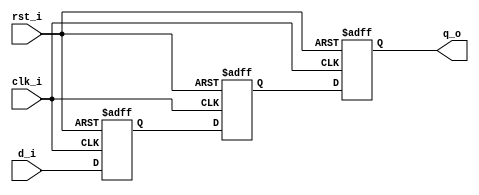
`timescale 1ns/100ps
module sync(
		input	d_i,
		input	clk_i,
		input	rst_i,
		output	q_o
);
reg	r0;
reg	r1;
reg	r2;

always@(posedge clk_i or posedge rst_i) begin
	if(rst_i) begin
		r0 <= 1'b0;
		r1 <= 1'b0;
		r2 <=  1'b0;
	end else begin
		r0 <= d_i;
		r1 <= r0;
		r2 <= r1;
	end
end

assign q_o = r2;

endmodule